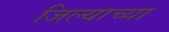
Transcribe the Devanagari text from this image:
जिल्याच्या